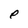
Character: e